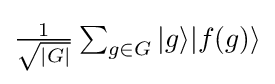
{\textstyle {\frac {1}{\sqrt {|G|}}}\sum _{g\in G}|g\rangle |f(g)\rangle }